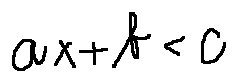
a x + b < c